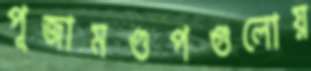
পূজামণ্ডপগুলোয়